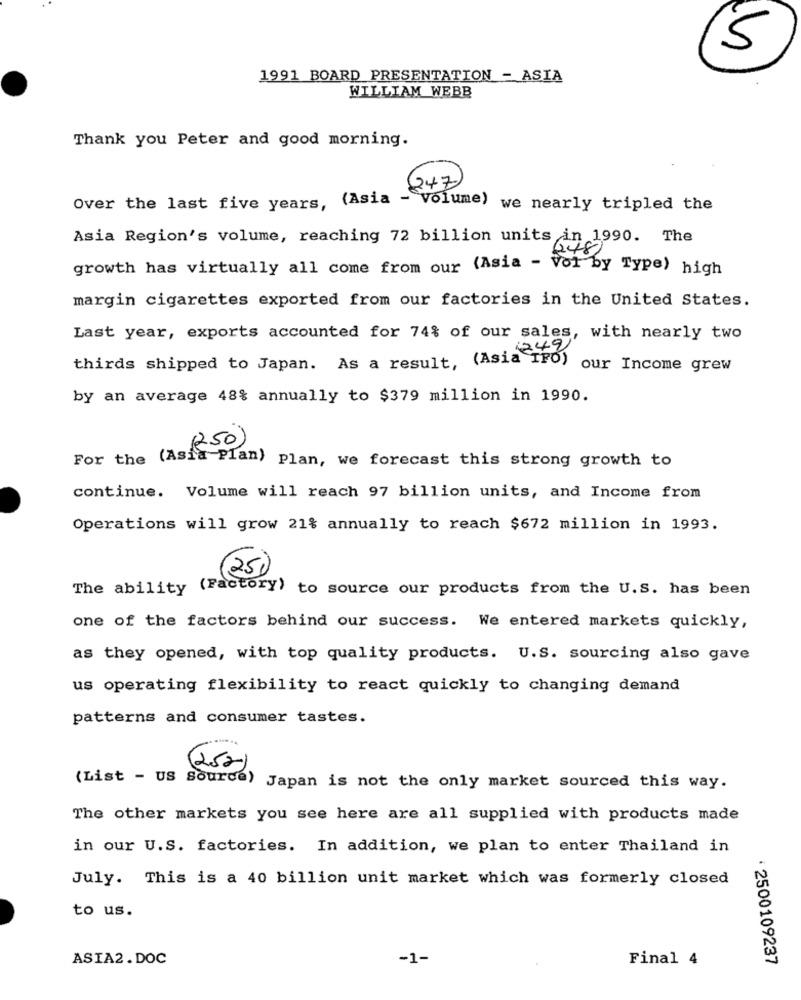
5
1991 BOARD PRESENTATION - ASIA
WILLIAM WEBB
Thank you Peter and good morning.
247
Over the last five years, (Asia - volume)
we nearly tripled the
Asia Region's volume, reaching 72 billion units in 1990. The
growth has virtually all come from our (Asia - Vol by Type) high
margin cigarettes exported from our factories in the United States.
Last year, exports accounted for 74% of our sales, with nearly two
thirds shipped to Japan. As a result, (Asia TFO)
our Income grew
by an average 48% annually to $379 million in 1990.
(250)
For the (Asia Plan) Plan, we forecast this strong growth to
continue. Volume will reach 97 billion units, and Income from
Operations will grow 21% annually to reach $672 million in 1993.
250
The ability
(Factory) to source our products from the U.S. has been
one of the factors behind our success. We entered markets quickly,
as they opened, with top quality products. U.S. sourcing also gave
us operating flexibility to react quickly to changing demand
patterns and consumer tastes.
(252)
(List - US Source) Japan is not the only market sourced this way.
The other markets you see here are all supplied with products made
in our U.S. factories. In addition, we plan to enter Thailand in
July. This is a 40 billion unit market which was formerly closed
to us.
ASIA2.DOC
-1-
Final 4
: 2500109237